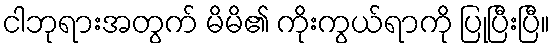
ငါဘုရားအတွက် မိမိ၏ ကိုးကွယ်ရာကို ပြုပြီးပြီ။